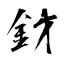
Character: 釮